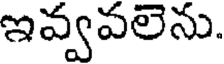
ఇవ్వవలెను.